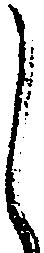
し